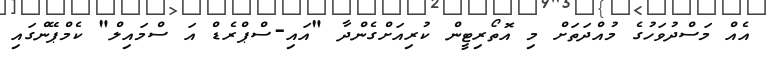
އެއް މަސްދުވަހުގެ މުއްދަތަށް މި އޮތޯރިޓީން ކުރިއަށްގެންދާ "އައި-ސްޕްރެޑް އަ ސްމައިލް" ކެމްޕޭންގައި